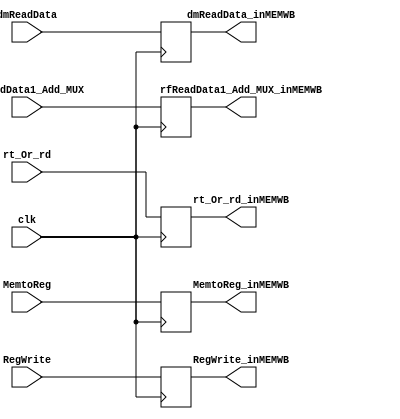
`timescale 1ns / 1ps
//////////////////////////////////////////////////////////////////////////////////
// Company: 
// Engineer: 
// 
// Design Name: 
// Module Name: MEMWB
// Project Name: 
// Target Devices: 
// Tool Versions: 
// Description: 
// 
// Dependencies: 
// 
// Revision:
// Revision 0.01 - File Created
// Additional Comments:
// 
//////////////////////////////////////////////////////////////////////////////////


module MEMWB(clk,MemtoReg,RegWrite,dmReadData,rfReadData1_Add_MUX,rt_Or_rd,
            MemtoReg_inMEMWB,RegWrite_inMEMWB,dmReadData_inMEMWB,rfReadData1_Add_MUX_inMEMWB,rt_Or_rd_inMEMWB);
    input clk;
    input MemtoReg;
    input RegWrite;
    input [31:0] dmReadData;
    input [31:0] rfReadData1_Add_MUX;
    input [4:0] rt_Or_rd;

    output reg MemtoReg_inMEMWB;
    output reg RegWrite_inMEMWB;
    output reg [31:0] dmReadData_inMEMWB;
    output reg [31:0] rfReadData1_Add_MUX_inMEMWB;
    output reg [4:0] rt_Or_rd_inMEMWB;

    always @(posedge clk) begin
        MemtoReg_inMEMWB = MemtoReg;        
        RegWrite_inMEMWB = RegWrite;
        dmReadData_inMEMWB = dmReadData;
        rfReadData1_Add_MUX_inMEMWB = rfReadData1_Add_MUX;  
        rt_Or_rd_inMEMWB = rt_Or_rd;     
    end
endmodule